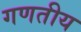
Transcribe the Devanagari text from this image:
गणतीय